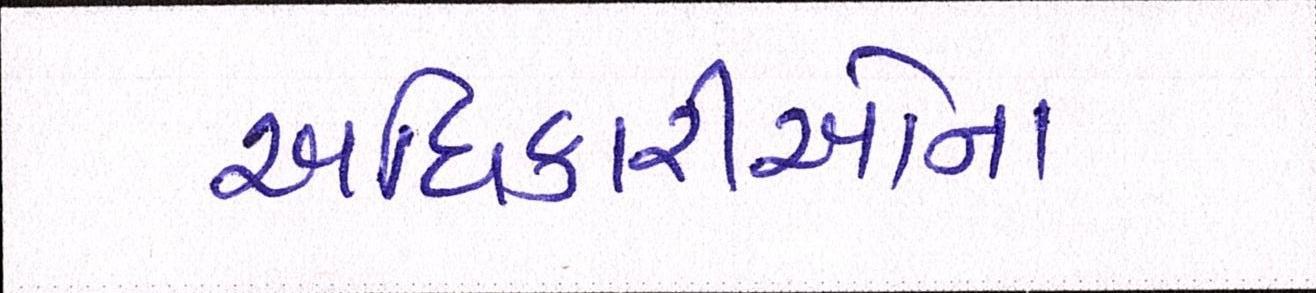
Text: અધિકારીઓના